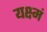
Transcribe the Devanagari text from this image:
यक्ष्मं